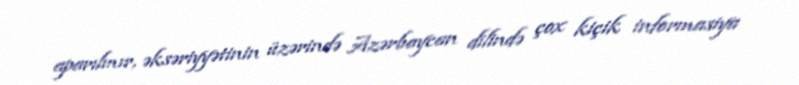
aparılmır, əksəriyyətinin üzərində Azərbaycan dilində çox kiçik informasiya